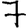
Digit: 7